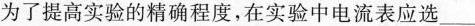
为了提高实验的精确程度，在实验中电流表应选___